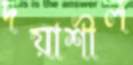
দয়াশীল